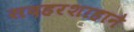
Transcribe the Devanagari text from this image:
सदहरशाहाने